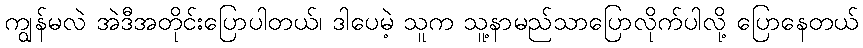
ကျွန်မလဲ အဲဒီအတိုင်းပြောပါတယ်၊ ဒါပေမဲ့ သူက သူ့နာမည်သာပြောလိုက်ပါလို့ ပြောနေတယ်